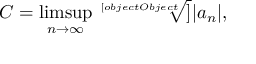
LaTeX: C = \operatorname* { l i m s u p } _ { n \rightarrow \infty } { \sqrt [ [object Object] ] { | a _ { n } | } } ,